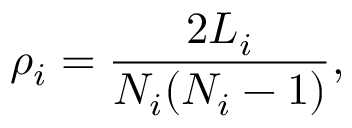
\rho _ { i } = \frac { 2 L _ { i } } { N _ { i } ( N _ { i } - 1 ) } ,